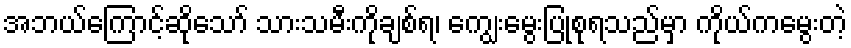
အဘယ်ကြောင့်ဆိုသော် သားသမီးကိုချစ်ရ၊ ကျွေးမွေးပြုစုရသည်မှာ ကိုယ်ကမွေးတဲ့